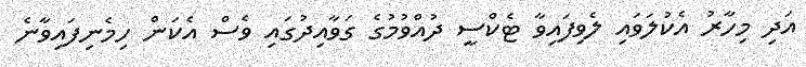
އަދި މިހާރު އެކުލަވައި ލެވިފައިވާ ޓެކްސީ ދުއްވުމުގެ ގަވާއިދުގައި ވެސް އެކަން ހިމެނިފައިވާނެ